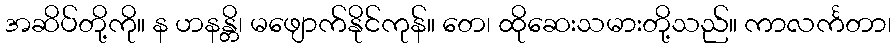
အဆိပ်တို့ကို။ န ဟနန္တိ၊ မဖျောက်နိုင်ကုန်။ တေ၊ ထိုဆေးသမားတို့သည်။ ကာလင်္ကတာ၊